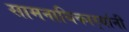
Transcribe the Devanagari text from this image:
सामनाधिकार्‍यांनी